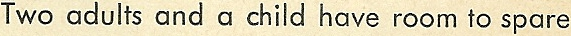
Two adults and a child have room to spare